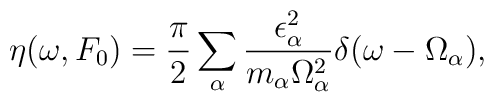
\eta(\omega,F_{0}) = \frac{\pi}{2}\sum_{\alpha}\frac{\epsilon_{\alpha}^{2}}{m_{\alpha}\Omega_{\alpha}^{2}}\delta(\omega - \Omega_{\alpha}),